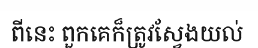
ពីនេះ ពួកគេក៏ត្រូវស្វែងយល់